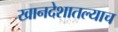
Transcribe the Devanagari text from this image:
खानदेशातल्याच